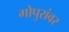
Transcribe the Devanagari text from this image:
गोपुरांवर